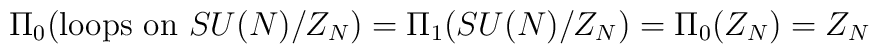
\Pi_0( {\rm loops~on}~SU(N)/Z_N)=\Pi_1(SU(N)/Z_N)=\Pi_0(Z_N)=Z_N